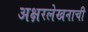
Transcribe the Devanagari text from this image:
अक्षरलेखनाची